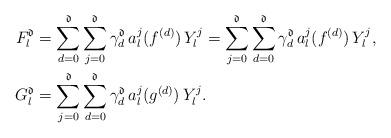
LaTeX: \begin{align*}F_l^\mathfrak d&=\sum_{d=0}^\mathfrak d\sum_{j=0}^\mathfrak d\gamma_d^\mathfrak d\,a_l^j(f^{(d)})\,Y_l^j =\sum_{j=0}^\mathfrak d\sum_{d=0}^\mathfrak d\gamma_d^\mathfrak d\,a_l^j(f^{(d)})\,Y_l^j,\\G_l^\mathfrak d&=\sum_{j=0}^\mathfrak d\sum_{d=0}^\mathfrak d\gamma_d^\mathfrak d\,a_l^j(g^{(d)})\,Y_l^j.\end{align*}